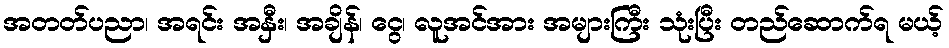
အတတ်ပညာ၊ အရင်း အနှီး၊ အချိန်၊ ငွေ၊ လူအင်အား အများကြီး သုံးပြီး တည်ဆောက်ရ မယ့်